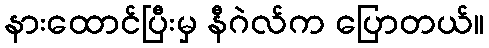
နားထောင်ပြီးမှ နီဂဲလ်က ပြောတယ်။